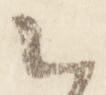
云